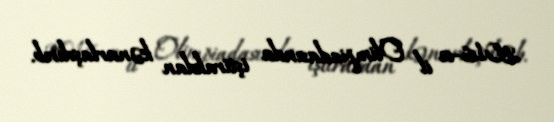
2016-cı il Olimpiadasında iştirakdan kənarlaşdırıb.